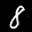
Label: 8